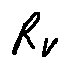
R _ { V }